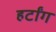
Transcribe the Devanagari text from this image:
हर्टांग